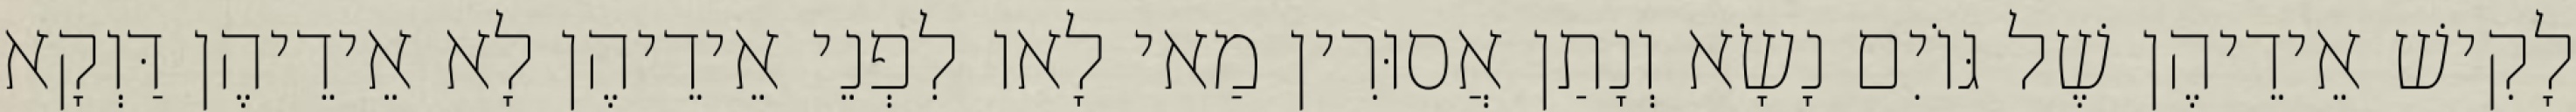
לָקִישׁ אֵידֵיהֶן שֶׁל גּוֹיִם נָשָׂא וְנָתַן אֲסוּרִין מַאי לָאו לִפְנֵי אֵידֵיהֶן לָא אֵידֵיהֶן דַּוְקָא